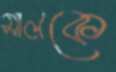
সালকে